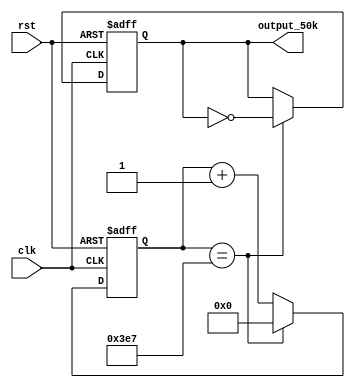
`timescale 1ns / 1ps

module Frec_50k_1(
    input clk,
    input rst,      //igual que el de 25kHz
    output reg output_50k
    );

reg [9:0] counter=0;
	
	always @(posedge clk or posedge rst)
	begin
		if (rst)
			begin
				counter<=10'd0;
				output_50k<= 1'b0;
			end
		else
			if (counter==10'd999) 
			begin
				counter<=10'd0;
				output_50k <= ~output_50k;
			end
	  else
	   begin
			counter <=counter+1'b1;
		end
	end

endmodule